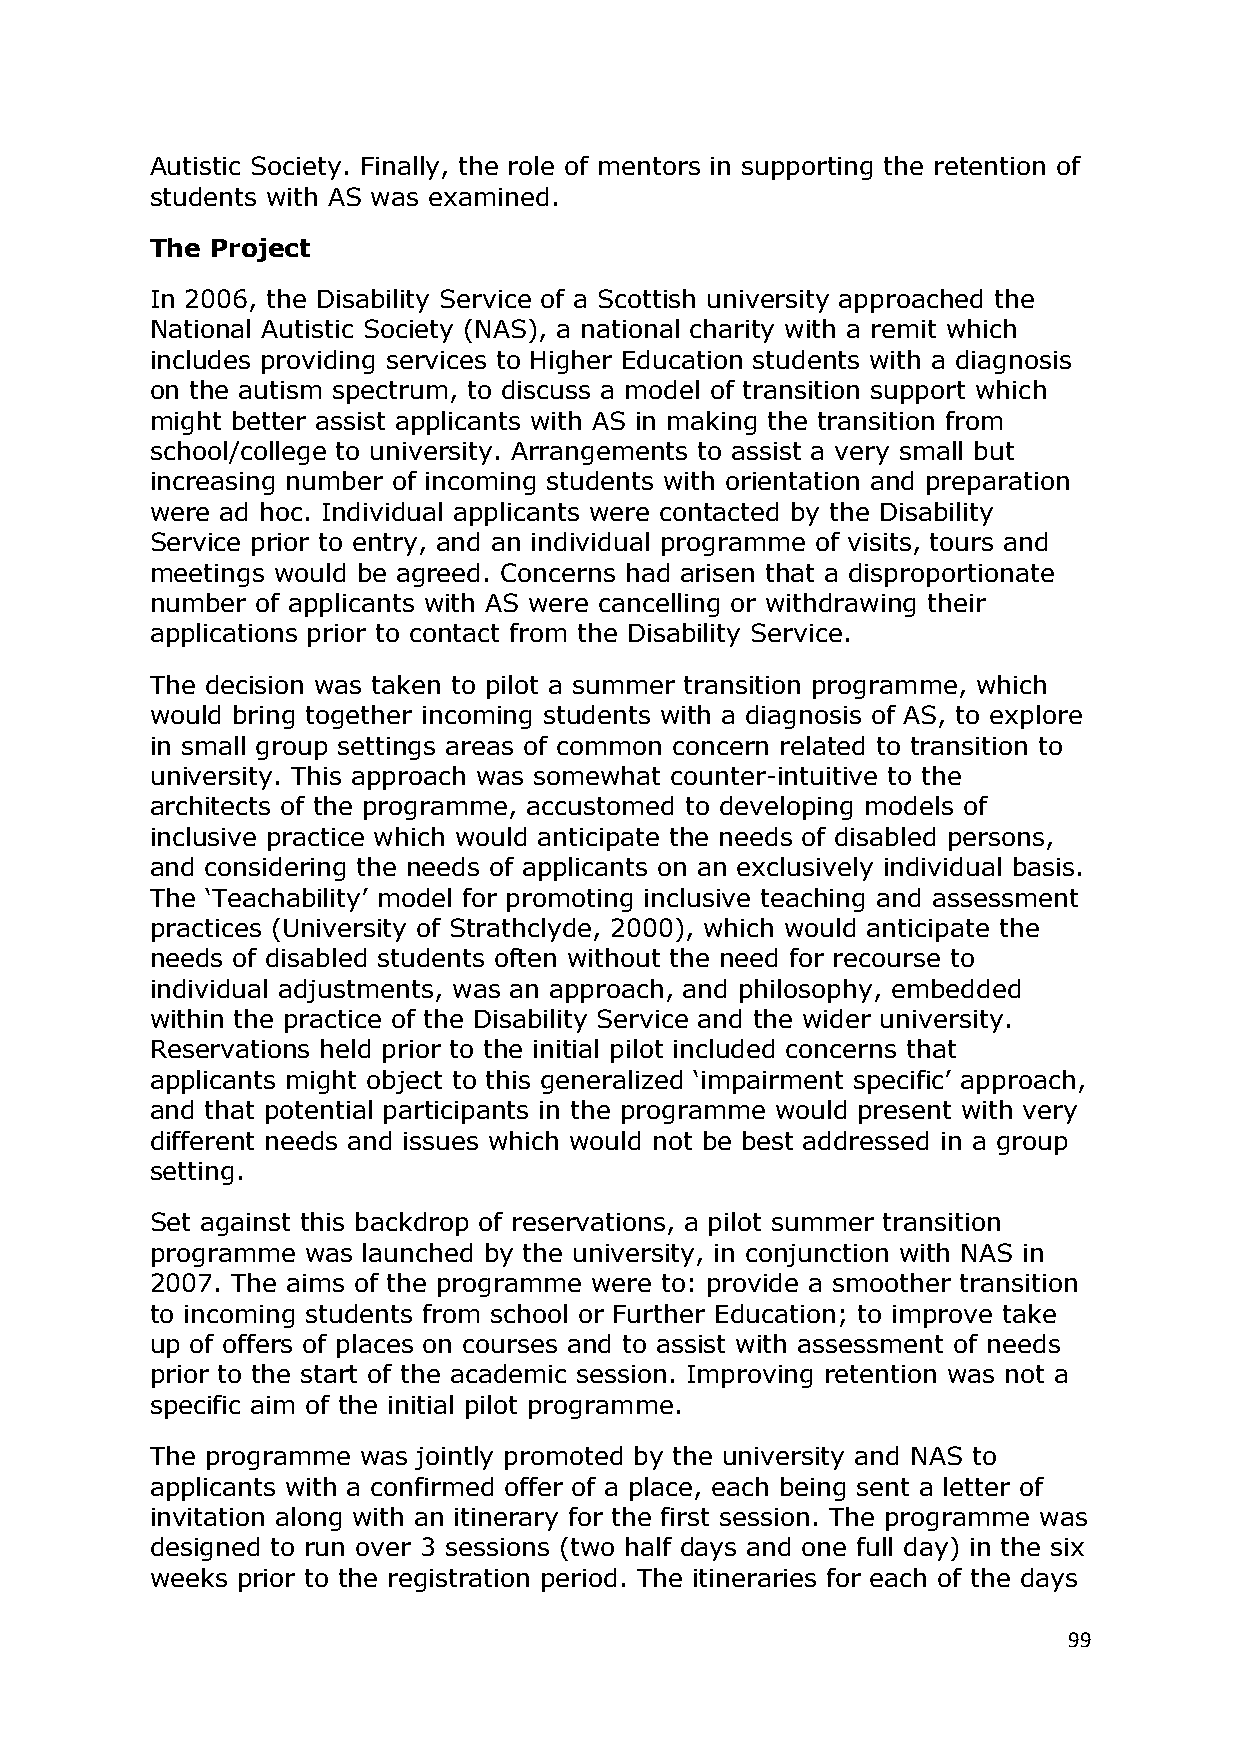
Autistic Society. Finally, the role of mentors in supporting the retention of
 students with AS was examined.
 The Project
 In 2006, the Disability Service of a Scottish university approached the
 National Autistic Society (NAS), a national charity with a remit which
 includes providing services to Higher Education students with a diagnosis
 on the autism spectrum, to discuss a model of transition support which
 might better assist applicants with AS in making the transition from
 school/college to university. Arrangements to assist a very small but
 increasing number of incoming students with orientation and preparation
 were ad hoc. Individual applicants were contacted by the Disability
 Service prior to entry, and an individual programme of visits, tours and
 meetings would be agreed. Concerns had arisen that a disproportionate
 number of applicants with AS were cancelling or withdrawing their
 applications prior to contact from the Disability Service.
 The decision was taken to pilot a summer transition programme, which
 would bring together incoming students with a diagnosis of AS, to explore
 in small group settings areas of common concern related to transition to
 university. This approach was somewhat counter-intuitive to the
 architects of the programme, accustomed to developing models of
 inclusive practice which would anticipate the needs of disabled persons,
 and considering the needs of applicants on an exclusively individual basis.
 The ‗Teachability‘ model for promoting inclusive teaching and assessment
 practices (University of Strathclyde, 2000), which would anticipate the
 needs of disabled students often without the need for recourse to
 individual adjustments, was an approach, and philosophy, embedded
 within the practice of the Disability Service and the wider university.
 Reservations held prior to the initial pilot included concerns that
 applicants might object to this generalized ‗impairment specific‘ approach,
 and that potential participants in the programme would present with very
 different needs and issues which would not be best addressed in a group
 setting.
 Set against this backdrop of reservations, a pilot summer transition
 programme was launched by the university, in conjunction with NAS in
 2007. The aims of the programme were to: provide a smoother transition
 to incoming students from school or Further Education; to improve take
 up of offers of places on courses and to assist with assessment of needs
 prior to the start of the academic session. Improving retention was not a
 specific aim of the initial pilot programme.
 The programme was jointly promoted by the university and NAS to
 applicants with a confirmed offer of a place, each being sent a letter of
 invitation along with an itinerary for the first session. The programme was
 designed to run over 3 sessions (two half days and one full day) in the six
 weeks prior to the registration period. The itineraries for each of the days
 99